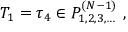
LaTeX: T _ { 1 } = \tau _ { 4 } \in { \cal P } _ { 1 , 2 , 3 , \ldots } ^ { ( N - 1 ) } \ ,